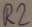
Text: R2